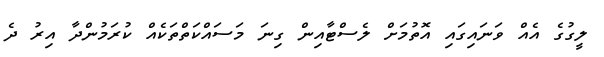
ލީގުގެ އެއް ވަނައިގައި އޮތުމަށް ލެސްޓާއިން ގިނަ މަސައްކަތްތަކެއް ކުރަމުންދާ އިރު ދެ